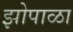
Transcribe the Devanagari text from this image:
झोपाळा